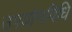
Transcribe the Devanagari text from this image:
उपयोगविधि